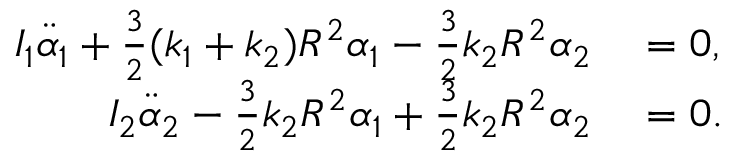
\begin{array} { r l } { I _ { 1 } \ddot { \alpha } _ { 1 } + \frac { 3 } { 2 } ( k _ { 1 } + k _ { 2 } ) R ^ { 2 } \alpha _ { 1 } - \frac { 3 } { 2 } k _ { 2 } R ^ { 2 } \alpha _ { 2 } } & { { } = 0 , } \\ { I _ { 2 } \ddot { \alpha } _ { 2 } - \frac { 3 } { 2 } k _ { 2 } R ^ { 2 } \alpha _ { 1 } + \frac { 3 } { 2 } k _ { 2 } R ^ { 2 } \alpha _ { 2 } } & { { } = 0 . } \end{array}